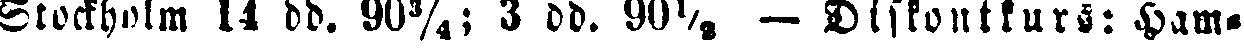
Stockholm 14 dd. 90¾; 3 dd. 90½. — Diskontkurs: Ham-